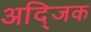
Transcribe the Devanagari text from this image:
अद्जिक